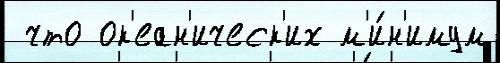
 что ок'еан'ическ'их м'и́н'имум